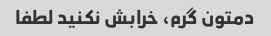
دمتون گرم، خرابش نکنید لطفا